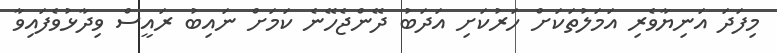
މިފަދަ އަނިޔާވެރި އަމަލުތަކަށް ހަރުކަށި އަދަބު ދޭންޖެހޭނެ ކަމަށް ނައިބު ރައީސް ވިދާޅުވެފައިވާ